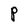
Character: P